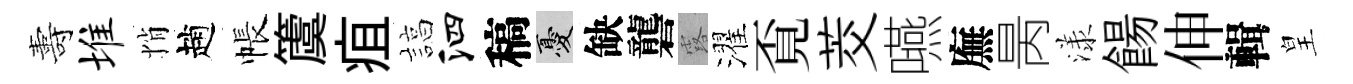
夀堆悄趙帳𥵂疽諄泗稿憂缺礱露濯覔茭嚥廡昺漾餳伸輯皇